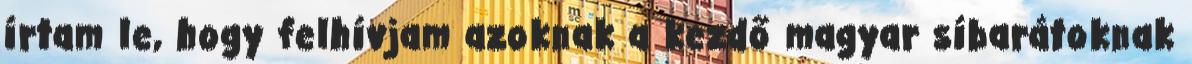
írtam le, hogy felhívjam azoknak a kezdő magyar síbarátoknak